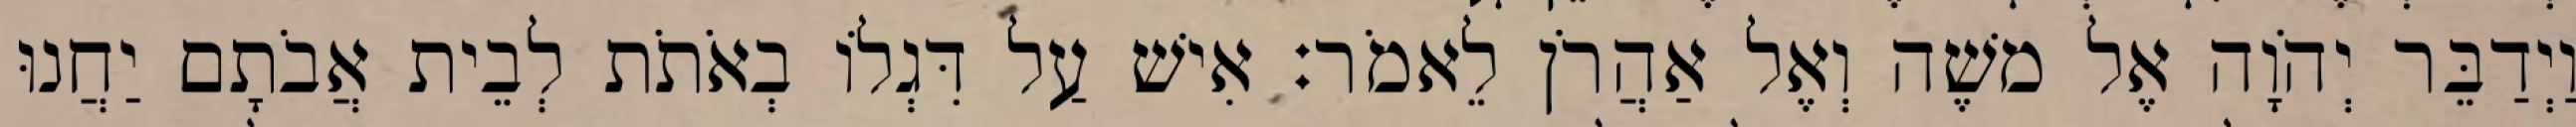
וַיְדַבֵּר יְהֹוָה אֶל משֶׁה וְאֶל אַהֲרֹן לֵאמֹר׃ אִישׁ עַל דִּגְלוֹ בְאֹתֹת לְבֵית אֲבֹתָם יַחֲנוּ